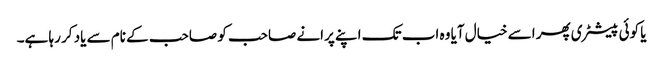
یا کوئی پیسٹری پھر اسے خیال آیا وہ اب تک اپنے پرانے صاحب کو صاحب کے نام سے یاد کر رہا ہے۔